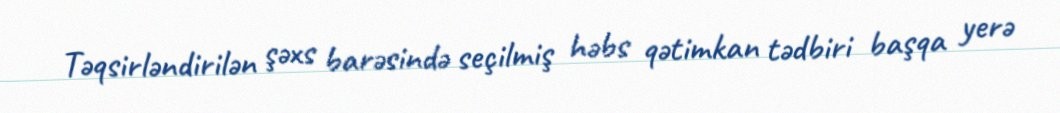
Təqsirləndirilən şəxs barəsində seçilmiş həbs qətimkan tədbiri başqa yerə